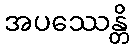
အပဿေန္တိ